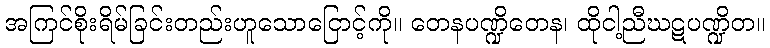
အကြင်စိုးရိမ်ခြင်းတည်းဟူသောငြောင့်ကို။ တေနပဏ္ဍိတေန၊ ထိုငါ့ညီဃဋပဏ္ဍိတ။